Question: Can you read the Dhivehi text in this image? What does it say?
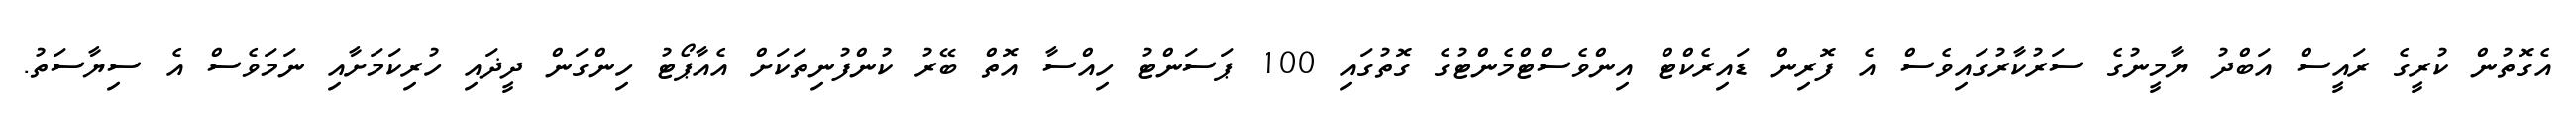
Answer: އެގޮތުން ކުރީގެ ރައީސް އަބްދު ޔާމީނުގެ ސަރުކާރުގައިވެސް އެ ފޮރިން ޑައިރެކްޓް އިންވެސްޓްމެންޓުގެ ގޮތުގައި 100 ޕަސަންޓު ހިއްސާ އޮތް ބޭރު ކުންފުނިތަކަށް އެއާޕޯޓު ހިންގަން ދީޛައި ހުރިކަމަށާއި ނަމަވެސް އެ ސިޔާސަތު.